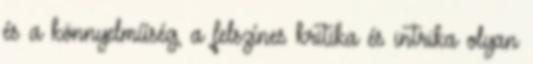
és a könnyelműség, a felszínes kritika és intrika olyan